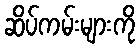
ဆိပ်ကမ်းများကို